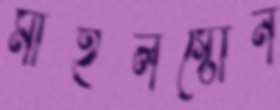
মাইলস্টোন